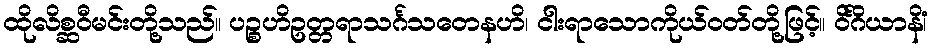
ထိုလိစ္ဆဝီမင်းတို့သည်။ ပဉ္စဟိဥတ္တရာသင်္ဂသတေနဟိ၊ ငါးရာသောကိုယ်ဝတ်တို့ဖြင့်။ ဝိင်္ဂိယာနိံ၊